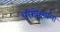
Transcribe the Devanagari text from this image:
परिप्रेक्ष्याला